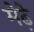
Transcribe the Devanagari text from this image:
मेढे़